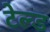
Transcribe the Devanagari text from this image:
टेल्ड